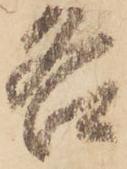
各